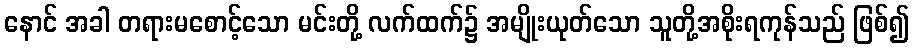
နောင် အခါ တရားမစောင့်သော မင်းတို့ လက်ထက်၌ အမျိုးယုတ်သော သူတို့အစိုးရကုန်သည် ဖြစ်၍